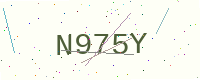
Text: N975Y